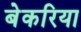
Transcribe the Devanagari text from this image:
बेकरिया